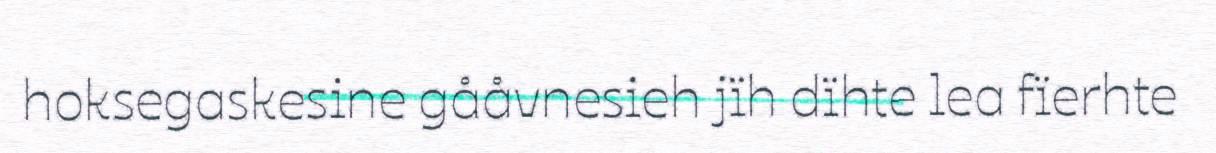
hoksegaskesine gååvnesieh jïh dïhte lea fïerhte